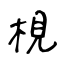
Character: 梘